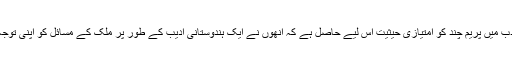
اردو کے افسانوی ادب میں پریم چند کو امتیازی حیثیت اس لیے حاصل ہے کہ انھوں نے ایک ہندوستانی ادیب کے طور پر ملک کے مسائل کو اپنی توجہ کا مرکز بنایا ہے۔